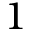
1